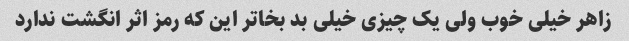
زاهر خیلی خوب ولی یک چیزی خیلی بد بخاتر این که رمز اثر انگشت ندارد